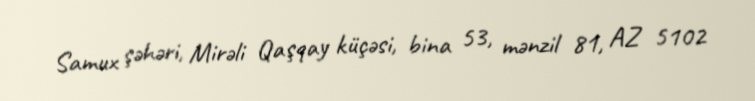
Samux şəhəri, Mirəli Qaşqay küçəsi, bina 53, mənzil 81, AZ 5102